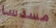
مسدسا